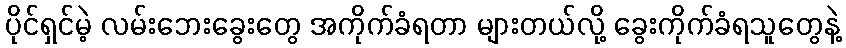
ပိုင်ရှင်မဲ့ လမ်းဘေးခွေးတွေ အကိုက်ခံရတာ များတယ်လို့ ခွေးကိုက်ခံရသူတွေနဲ့